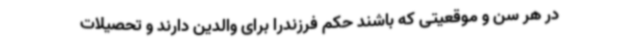
در هر سن و موقعیتی که باشند حکم فرزندرا برای والدین دارند و تحصیلات